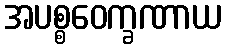
အပစ္စဝေက္ခဏာယ